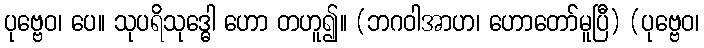
ပုဗ္ဗေဝ၊ ပေ။ သုပရိသုဒ္ဓေါ ဟော တဟူ၍။ (ဘဂဝါအာဟ၊ ဟောတော်မူပြီ) (ပုဗ္ဗေဝ၊